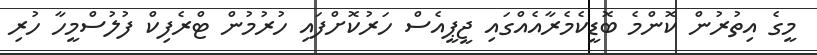
މީގެ އިތުރުން ކޮންމެ ބޮޑީކެމެރާއެއްގައި ޖީޕީއެސް ހަރުކޮށްފައި ހުރުމުން ޓްރެފިކް ފުލުސްމީހާ ހުރި